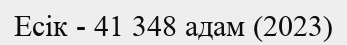
Есік - 41 348 адам (2023)